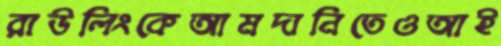
রাউলিংকেআমদানিতেওআই